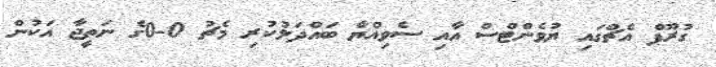
ގުރޫޕް އެޗްގައި ޔުވެންޓްސް އާއި ސެވިއްޔާ ބައްދަލުކުރި މެޗު 0-0ގެ ނަތީޖާ އަކުން